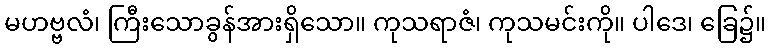
မဟဗ္ဗလံ၊ ကြီးသောခွန်အားရှိသော။ ကုသရာဇံ၊ ကုသမင်းကို။ ပါဒေ၊ ခြေ၌။